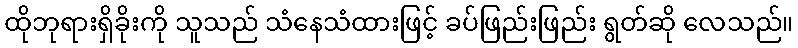
ထိုဘုရားရှိခိုးကို သူသည် သံနေသံထားဖြင့် ခပ်ဖြည်းဖြည်း ရွတ်ဆို လေသည်။